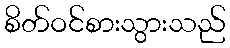
စိတ်ဝင်စားသွားသည်